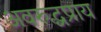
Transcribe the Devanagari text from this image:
अवरुद्धप्राय